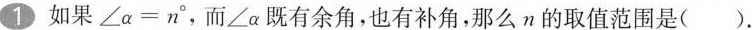
1 如果$$∠ α = n °$$，而∠α既有余角，也有补角，那么n的取值范围是( )。